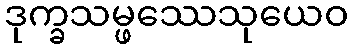
ဒုက္ခသမ္ဖဿေသုယေဝ